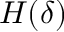
H ( \delta )